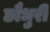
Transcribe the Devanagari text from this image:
छौधुरी